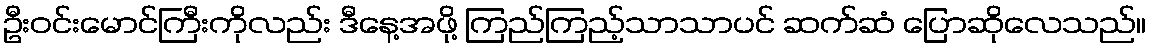
ဦးဝင်းမောင်ကြီးကိုလည်း ဒီနေ့အဖို့ ကြည်ကြည့်သာသာပင် ဆက်ဆံ ပြောဆိုလေသည်။